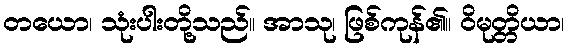
တယော၊ သုံးပါးတို့သည်။ အာသု၊ ဖြစ်ကုန်၏။ ဝိမုတ္တိယာ၊